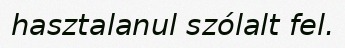
hasztalanul szólalt fel.